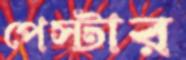
পেস্টার